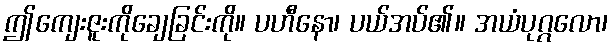
ဤကျေးဇူးကိုချေခြင်းကို။ ပဟီနော၊ ပယ်အပ်၏။ အယံပုဂ္ဂလော၊